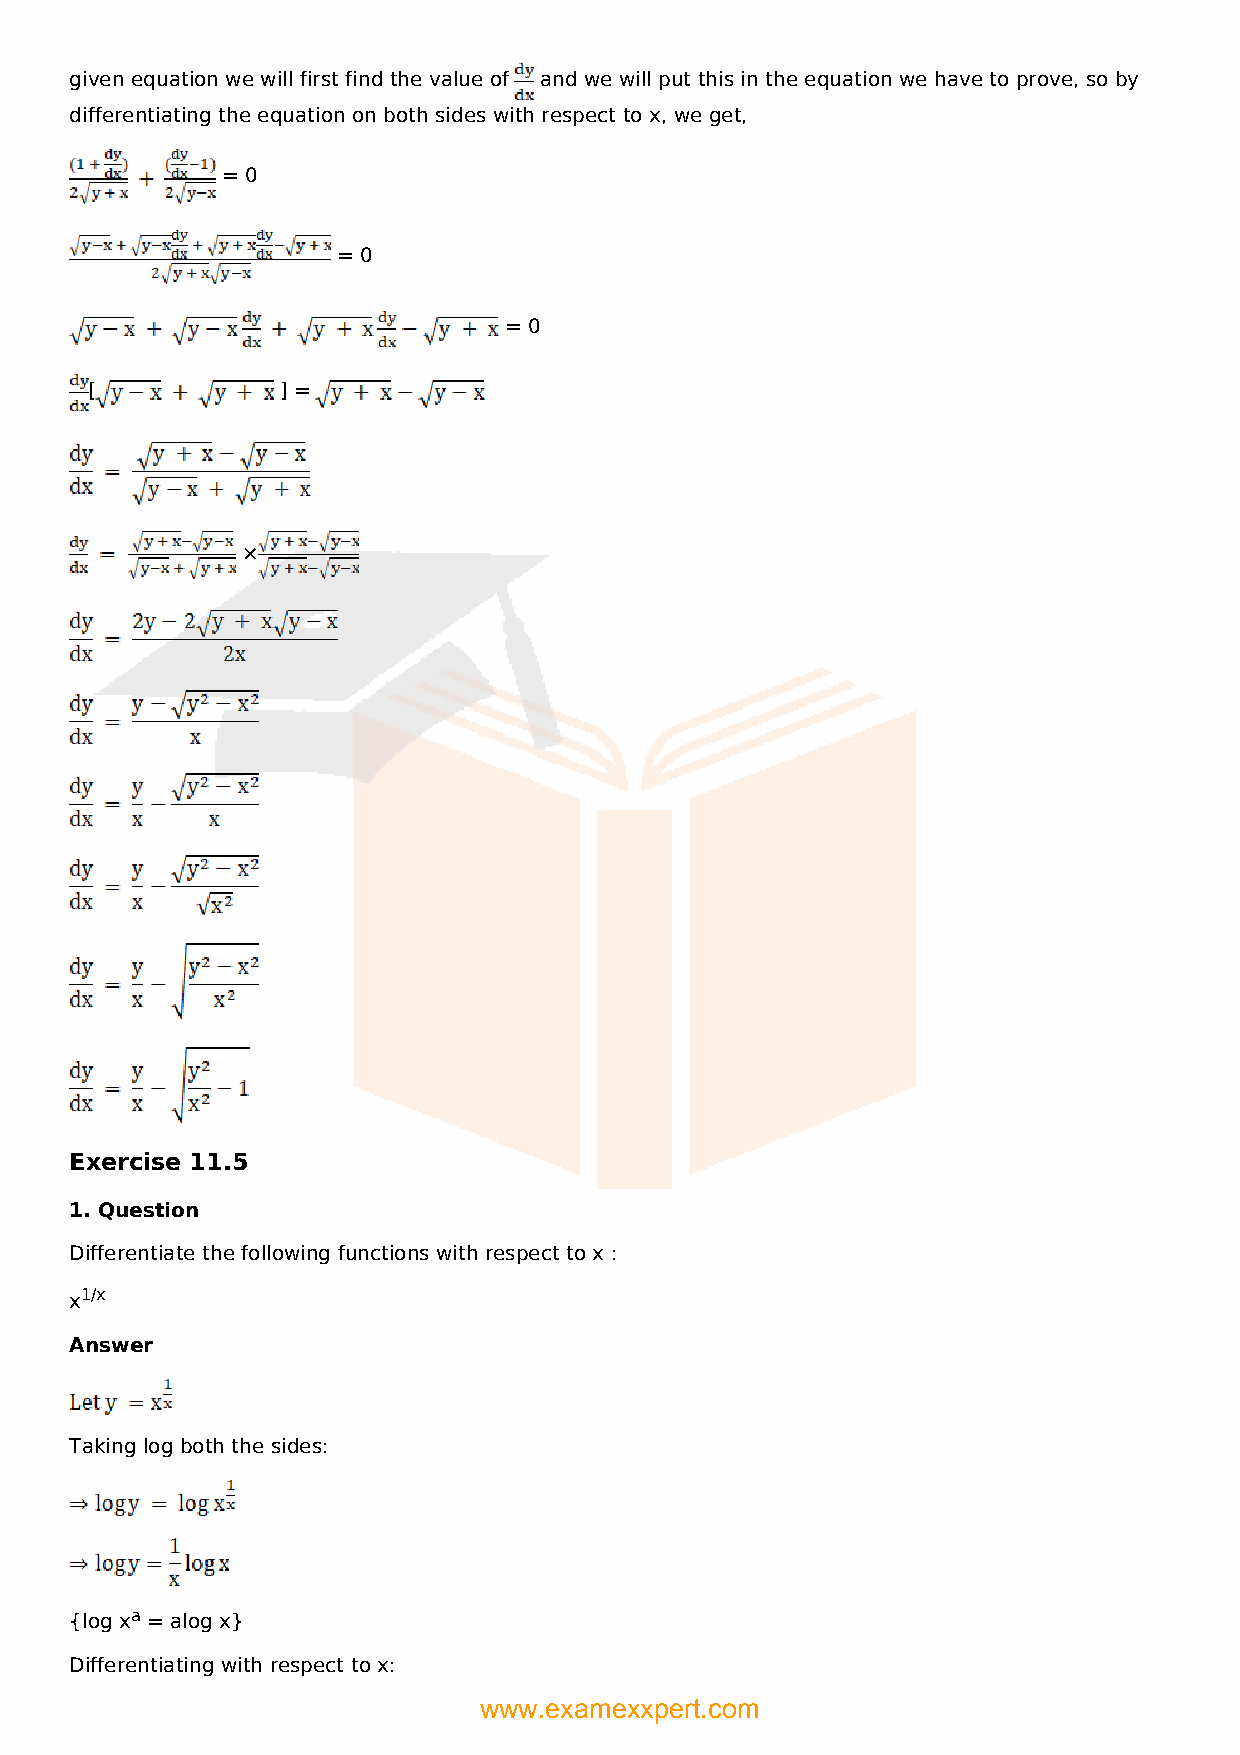
given equation we will first find the value of and we will put this in the equation we have to prove, so by
 differentiating the equation on both sides with respect to x, we get,
 = 0
 = 0
 = 0
 [            ] =
 ×
 Exercise 11.5
 1. Question
 Differentiate the following functions with respect to x :
 x1/x
 Answer
 Taking log both the sides:
 {log xa = alog x}
 Differentiating with respect to x:
 www.examexxpert.com